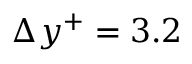
\Delta y ^ { + } = 3 . 2